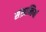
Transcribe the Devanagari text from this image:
संक्रान्तियां